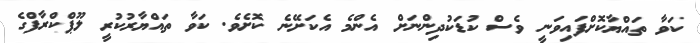
ކަވާ ތައްޔާކޮށްފައިވަނީ ވެސް ކުޑަކުދިންނަށް އެންމެ އެކަށޭނެ ކޮށެވެ. ކަވާ ތައްޔާރުކުރީ ލޫޕްކްރާފްގެ